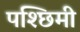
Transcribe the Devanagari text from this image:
पश्छिमी